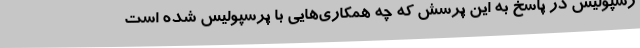
رسپولیس در پاسخ به این پرسش که چه همکاری‌هایی با پرسپولیس شده است